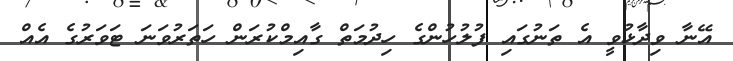
އޭނާ ވިދާޅުވީ އެ ތަނުގައި ފުލުހުންގެ ހިދުމަތް ގާއިމްކުރަން ހަތަރުވަނަ ޓަވަރުގެ އެއް